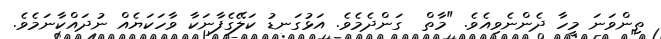
ތިންވަނަ މީހާ ދެންނެވިއެވެ. "މާތް  ގަންދެމެވެ. އަޅުގަނޑު ކަލޭގެފާނަކާ ވާހަކަޔެއް ނުދައްކާނަމެވެ.